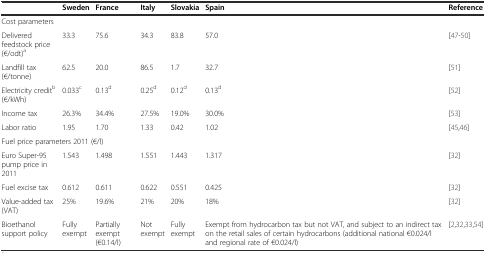
<table><thead><tr><td></td><td><b>Sweden</b></td><td><b>France</b></td><td><b>Italy</b></td><td><b>Slovakia</b></td><td><b>Spain</b></td><td><b>Reference</b></td></tr></thead><tbody><tr><td colspan="7">Cost parameters</td></tr><tr><td>Delivered feedstock price (€/odt)<sup>a</sup></td><td>33.3</td><td>75.6</td><td>34.3</td><td>83.8</td><td>57.0</td><td>[47–50]</td></tr><tr><td>Landfill tax (€/tonne)</td><td>62.5</td><td>20.0</td><td>86.5</td><td>1.7</td><td>32.7</td><td>[51]</td></tr><tr><td>Electricity credit<sup>b</sup> (€/kWh)</td><td>0.033<sup>c</sup></td><td>0.13<sup>d</sup></td><td>0.25<sup>d</sup></td><td>0.12<sup>d</sup></td><td>0.13<sup>d</sup></td><td>[52]</td></tr><tr><td>Income tax</td><td>26.3%</td><td>34.4%</td><td>27.5%</td><td>19.0%</td><td>30.0%</td><td>[53]</td></tr><tr><td>Labor ratio</td><td>1.95</td><td>1.70</td><td>1.33</td><td>0.42</td><td>1.02</td><td>[45, 46]</td></tr><tr><td colspan="7">Fuel price parameters 2011 (€/l)</td></tr><tr><td>Euro Super-95 pump price in 2011</td><td>1.543</td><td>1.498</td><td>1.551</td><td>1.443</td><td>1.317</td><td>[32]</td></tr><tr><td>Fuel excise tax</td><td>0.612</td><td>0.611</td><td>0.622</td><td>0.551</td><td>0.425</td><td>[32]</td></tr><tr><td>Value-added tax (VAT)</td><td>25%</td><td>19.6%</td><td>21%</td><td>20%</td><td>18%</td><td>[32]</td></tr><tr><td>Bioethanol support policy</td><td>Fully exempt</td><td>Partially exempt (€0.14/l)</td><td>Not exempt</td><td>Fully exempt</td><td>Exempt from hydrocarbon tax but not VAT, and subject to an indirect tax on the retail sales of certain hydrocarbons (additional national €0.024/l and regional rate of €0.024/l)</td><td>[2, 32, 33, 54]</td></tr></tbody></table>